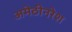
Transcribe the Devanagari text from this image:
अमेठीनरेश